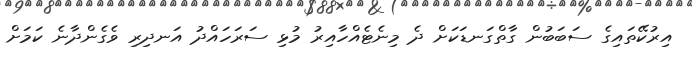
އިރުކޭތައިގެ ސަބަބުން ގާތްގަނޑަކަށް ދެ މިނެޓެއްހާއިރު މުޅި ސަރަހައްދު އަނދިރި ވެގެންދާނެ ކަމަށް